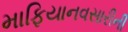
માફિયાનવસારીની